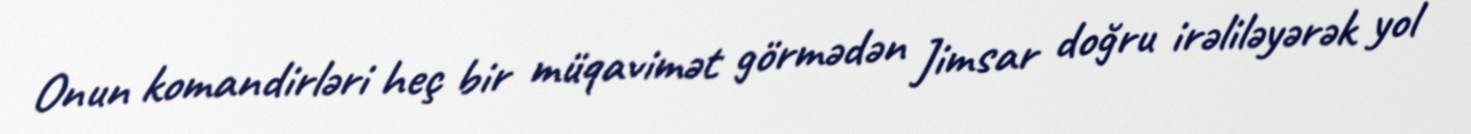
Onun komandirləri heç bir müqavimət görmədən Jimsar doğru irəliləyərək yol